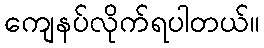
ကျေနပ်လိုက်ရပါတယ်။